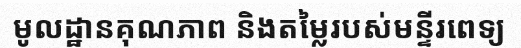
មូលដ្ឋានគុណភាព និងតម្លៃរបស់មន្ទីរពេទ្យ